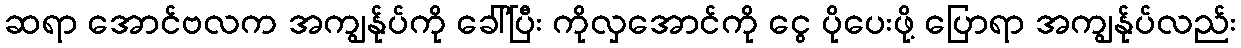
ဆရာ အောင်ဗလက အကျွန်ုပ်ကို ခေါ်ပြီး ကိုလှအောင်ကို ငွေ ပိုပေးဖို့ ပြောရာ အကျွန်ုပ်လည်း